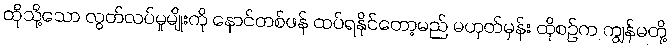
ထိုသို့သော လွတ်လပ်မှုမျိုးကို နောင်တစ်ဖန် ထပ်ရနိုင်တော့မည် မဟုတ်မှန်း ထိုစဉ်က ကျွန်မတို့